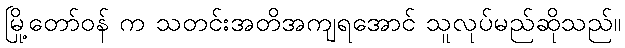
မြို့တော်ဝန် က သတင်းအတိအကျရအောင် သူလုပ်မည်ဆိုသည်။